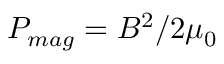
P _ { m a g } = B ^ { 2 } / 2 \mu _ { 0 }